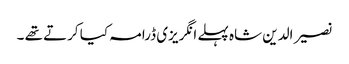
نصیر الدین شاہ پہلے انگریزی ڈرامہ کیا کرتے تھے ۔